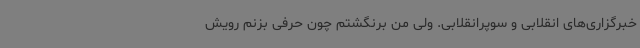
خبرگزاری‌های انقلابی و سوپرانقلابی. ولی من برنگشتم چون حرفی بزنم رویش